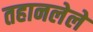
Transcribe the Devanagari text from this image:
तहानलेले